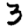
Digit: 3